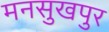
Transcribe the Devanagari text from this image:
मनसुखपुर